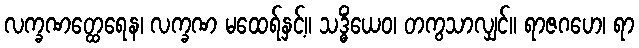
လက္ခဏတ္ထေရေန၊ လက္ခဏ မထေရ်နှင့်။ သဒ္ဓိံယေဝ၊ တကွသာလျှင်။ ရာဇဂဟေ၊ ရာ